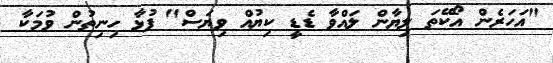
"އަހަރެން އޯކޭތަ ލިޔާން ލައްވާ ޑެޑީ ކިޔުއް ވިޔަސް" ފުޅާ ހިނިތުން ވުމަކާ